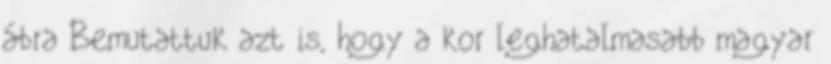
ábra Bemutattuk azt is, hogy a kor leghatalmasabb magyar